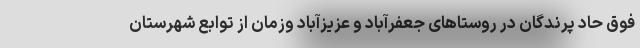
فوق حاد پرندگان در روستاهای جعفرآباد و عزیزآباد وزمان از توابع شهرستان